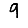
Digit: 9